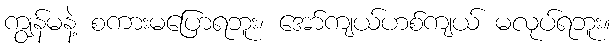
ကျွန်မနဲ့ စကားမပြောရဘူး၊ အော်ကျယ်ဟစ်ကျယ် မလုပ်ရဘူး။